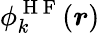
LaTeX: \phi_{k}^{\mathrm{~H~F~}}({\boldsymbol{r}})